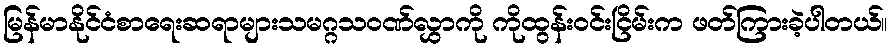
မြန်မာနိုင်ငံစာရေးဆရာများသမဂ္ဂသဝဏ်လွှာကို ကိုထွန်းဝင်းငြိမ်းက ဖတ်ကြားခဲ့ပါတယ်။